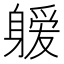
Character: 𰹆